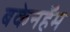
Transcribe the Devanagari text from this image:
बकेनहॅम